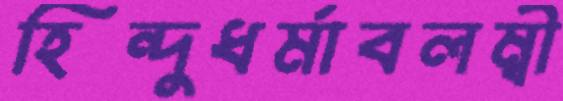
হিন্দুধর্মাবলম্বী